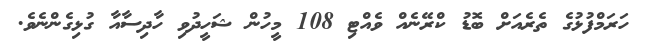
ހަރަމްފުޅުގެ ތެރެއަށް ބޮޑު ކްރޭނެއް ވެއްޓި 108 މީހުން ޝަހީދުވި ހާދިސާއާ ގުޅިގެންނެވެ.